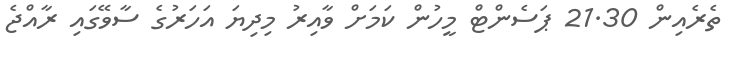
ތެރެއިން 21.30 ޕަސެންޓް މީހުން ކަމަށް ވާއިރު މިދިޔަ އަހަރުގެ ސާވޭގައި ރާއްޖެ